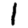
Digit: 1